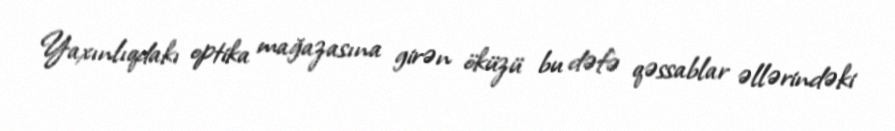
Yaxınlıqdakı optika mağazasına girən öküzü bu dəfə qəssablar əllərindəki